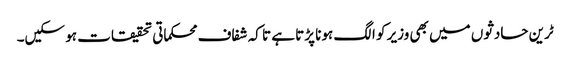
ٹرین حادثوں میں بھی وزیر کو الگ ہونا پڑتا ہے تا کہ شفاف محکماتی تحقیقات ہو سکیں۔